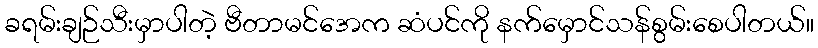
ခရမ်းချဉ်သီးမှာပါတဲ့ ဗီတာမင်အေက ဆံပင်ကို နက်မှောင်သန်စွမ်းစေပါတယ်။